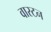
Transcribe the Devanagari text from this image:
वास्टन